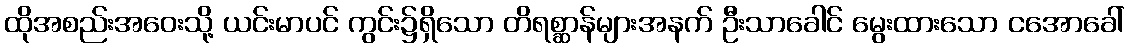
ထိုအစည်းအဝေးသို့ ယင်းမာပင် ကွင်း၌ရှိသော တိရစ္ဆာန်များအနက် ဦးသာခေါင် မွေးထားသော ငအောခေါ်